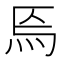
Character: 𤇟